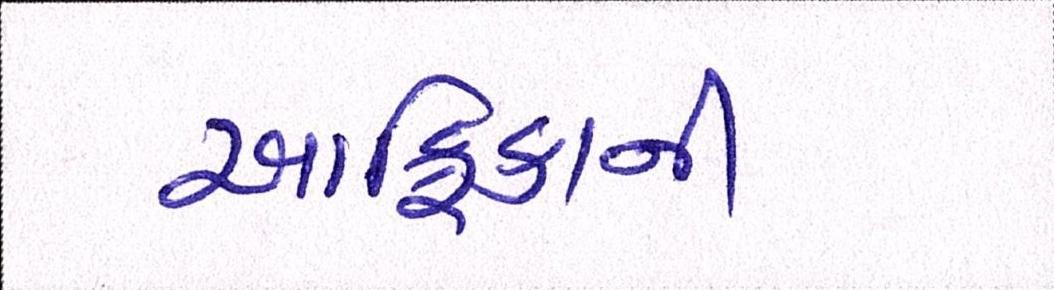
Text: આફ્રિકાની